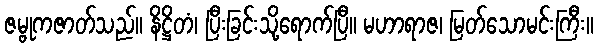
ဇမ္ဗုကဇာတ်သည်။ နိဋ္ဌိတံ၊ ပြီးခြင်းသို့ရောက်ပြီ။ မဟာရာဇ၊ မြတ်သောမင်းကြီး။